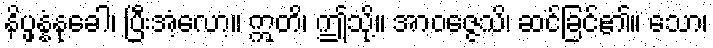
နိပ္ဖန္နံနုခေါ၊ ပြီးအံ့လော့။ ဣတိ၊ ဤသို့။ အာဝဇ္ဇေသိ၊ ဆင်ခြင်၏။ သော၊